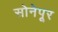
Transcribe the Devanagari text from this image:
सोनेपूर